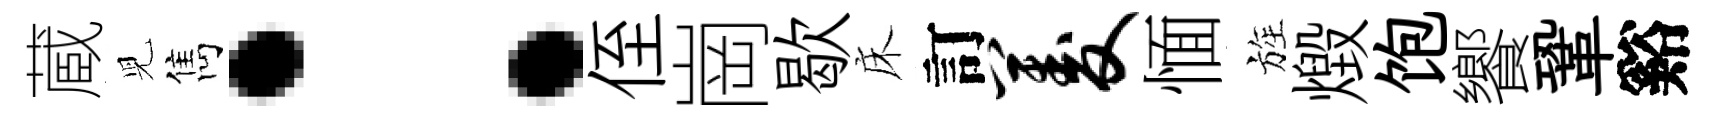
蔵児雋：侄崗歇床訂菱愐旌燬饱饗鞏谿